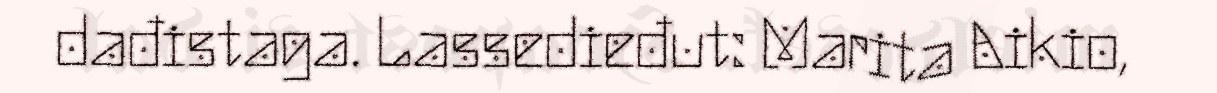
dađistaga. Lassedieđut: Marita Aikio,